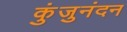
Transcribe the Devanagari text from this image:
कुंजुनंदन